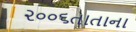
૨૦૦૬તાતાના